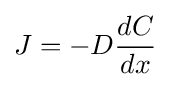
J=-D{\frac {dC}{dx}}